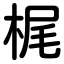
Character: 梶